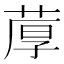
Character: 𫈢